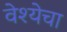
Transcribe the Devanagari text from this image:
वेश्येचा